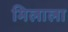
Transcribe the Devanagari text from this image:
मिलाला